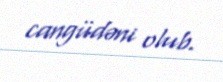
cangüdəni olub.